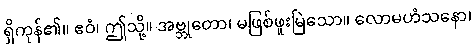
ရှိကုန်၏။ ဧဝံ၊ ဤသို့။ အဗ္ဘုတော၊ မဖြစ်ဖူးမြဲသော။ လောမဟံသနော၊